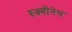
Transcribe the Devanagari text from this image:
रुक्मीनेच